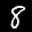
Label: 8